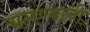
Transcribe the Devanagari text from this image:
चलण्याची